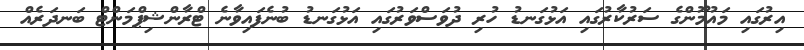
އިރުގައި މައުމޫންގެ ސަރުކާރުގައި އަޅުގަނޑު ހުރި ދުވަސްވަރުގައި އަޅުގަނޑު ބުނެފައިވާނެ ޓްރާންޝިޕްމަންޓް ބަނދަރެއް